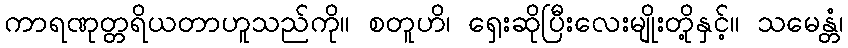
ကာရဏုတ္တရိယတာဟူသည်ကို။ စတူဟိ၊ ရှေးဆိုပြီးလေးမျိုးတို့နှင့်။ သမေန္တံ၊